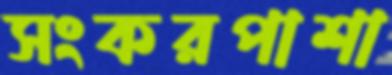
সংকরপাশা